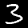
Digit: 3